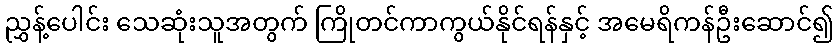
ညွှန့်ပေါင်း သေဆုံးသူအတွက် ကြိုတင်ကာကွယ်နိုင်ရန်နှင့် အမေရိကန်ဦးဆောင်၍